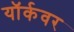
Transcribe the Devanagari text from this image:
यॉर्कवर